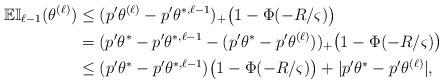
LaTeX: \begin{align*}\mathbb{EI}_{\ell-1}(\theta^{(\ell)})&\le (p'\theta^{(\ell)}-p'\theta^{*,\ell-1})_+\bigl(1-\Phi(-R/\varsigma)\bigr)\\&= (p'\theta^*-p'\theta^{*,\ell-1}-(p'\theta^*-p'\theta^{(\ell)}))_+\bigl(1-\Phi(-R/\varsigma)\bigr)\\&\le (p'\theta^*-p'\theta^{*,\ell-1})\bigl(1-\Phi(-R/\varsigma)\bigr)+|p'\theta^*-p'\theta^{(\ell)}|,\end{align*}